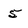
Character: 5